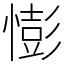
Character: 憉